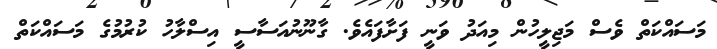
މަސައްކަތް ވެސް މަޖިލީހުން މިއަދު ވަނީ ފަށާފައެވެ. ގާނޫނުއަސާސީ އިސްލާހު ކުރުމުގެ މަސައްކަތް